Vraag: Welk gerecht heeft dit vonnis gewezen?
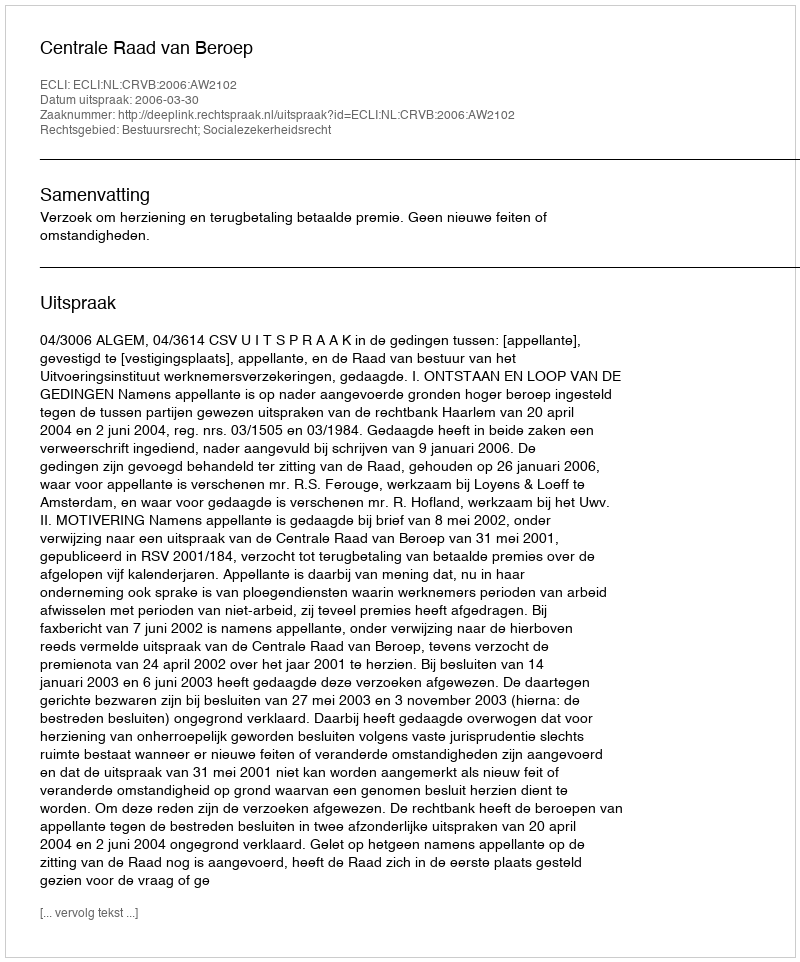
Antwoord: Centrale Raad van Beroep